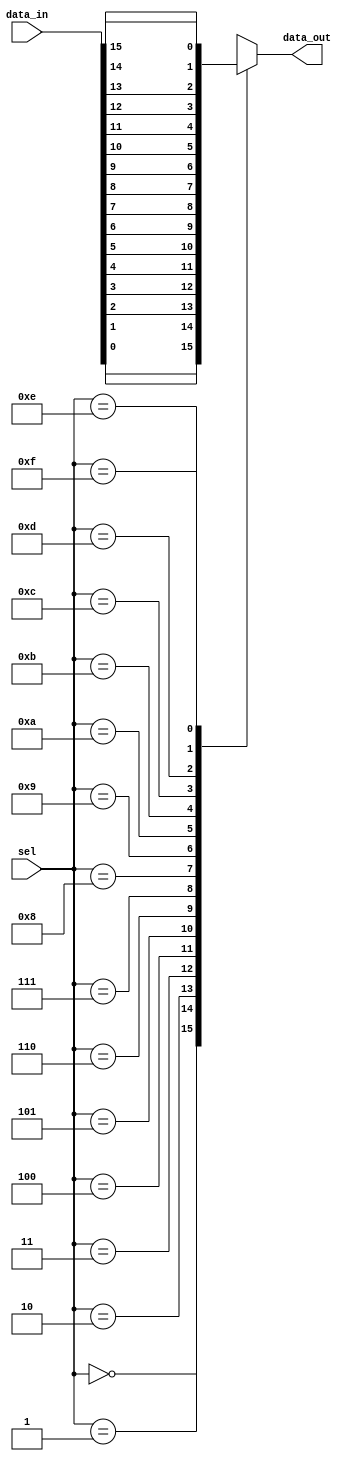
module mux162(input [15:0] data_in,input [3:0] sel,output reg data_out);

always @* begin
    case(sel)
        4'b0000: data_out = data_in[0];
        4'b0001: data_out = data_in[1];
        4'b0010: data_out = data_in[2];
        4'b0011: data_out = data_in[3];
        4'b0100: data_out = data_in[4];
        4'b0101: data_out = data_in[5];
        4'b0110: data_out = data_in[6];
        4'b0111: data_out = data_in[7];
        4'b1000: data_out = data_in[8];
        4'b1001: data_out = data_in[9];
        4'b1010: data_out = data_in[10];
        4'b1011: data_out = data_in[11];
        4'b1100: data_out = data_in[12];
        4'b1101: data_out = data_in[13];
        4'b1110: data_out = data_in[14];
        4'b1111: data_out = data_in[15];
        default: data_out = 1'b0; 
    endcase
end
endmodule